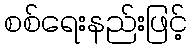
စစ်ရေးနည်းဖြင့်